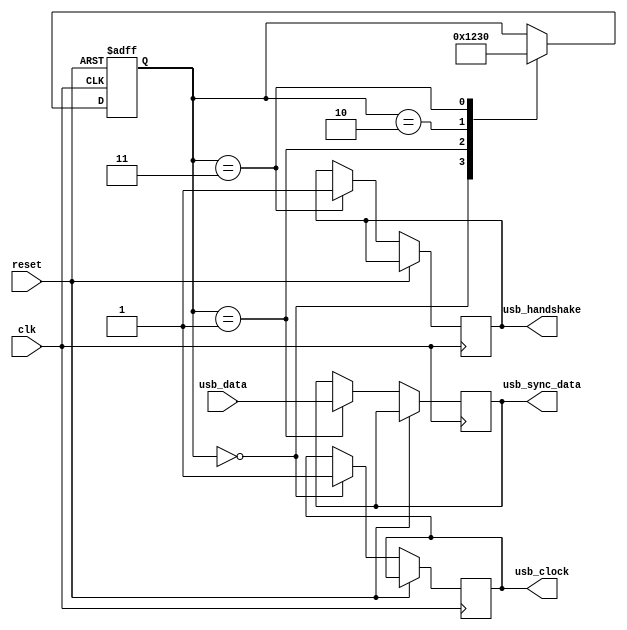
module usb_controller (
    input wire clk,
    input wire reset,
    input wire usb_data,
    output wire usb_sync_data,
    output wire usb_clock,
    output wire usb_handshake
);

reg [3:0] state;

always @(posedge clk or posedge reset) begin
    if (reset) begin
        state <= 4'b0000;
    end else begin
        case (state)
            4'b0000: begin
                // Timing logic for generating required clock cycles
                usb_clock <= 1'b1;
                state <= 4'b0001;
            end
            4'b0001: begin
                // Synchronization logic to align data signals
                usb_sync_data <= usb_data;
                state <= 4'b0010;
            end
            4'b0010: begin
                // Protocol-specific timing constraints
                // Data integrity synchronization
                state <= 4'b0011;
            end
            4'b0011: begin
                // Managing handshaking signals
                usb_handshake <= 1'b1;
                state <= 4'b0000;
            end
        endcase
    end
end

endmodule